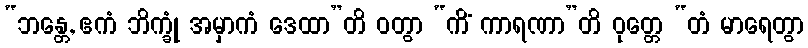
“ဘန္တေ, ဧကံ ဘိက္ခုံ အမှာကံ ဒေထာ”တိ ဝတွာ “ကိံ ကာရဏာ”တိ ဝုတ္တေ “တံ မာရေတွာ